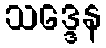
သဒ္ဒေန